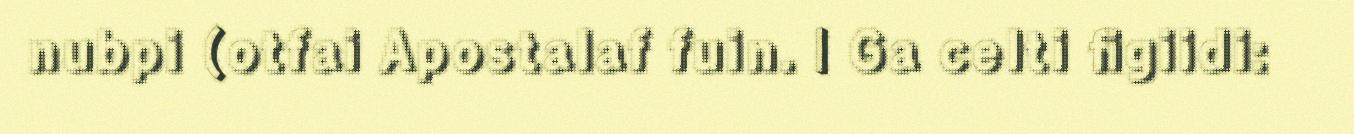
nubpi (otfai Apostalaf fuin. | Ga celti figiidi: